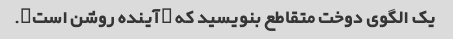
یک الگوی دوخت متقاطع بنویسید که "آینده روشن است".